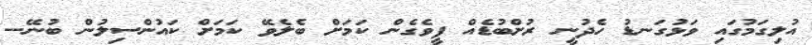
އުލިގަމުގައި ވަޅުގަނޑު ހެދުނީ ރުށްބުޑެއް ފީވެގެން ކަމަށް ބެލެވޭ ކަމަށް ކައުންސިލުން ބުނޭ--